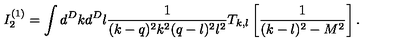
I _ { 2 } ^ { ( 1 ) } = \int d ^ { D } k d ^ { D } l \frac { 1 } { ( k - q ) ^ { 2 } k ^ { 2 } ( q - l ) ^ { 2 } l ^ { 2 } } T _ { k , l } \left[ \frac { 1 } { ( k - l ) ^ { 2 } - M ^ { 2 } } \right] .